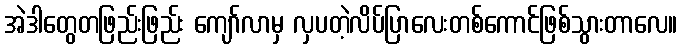
အဲဒါတွေတဖြည်းဖြည်း ကျော်လာမှ လှပတဲ့လိပ်ပြာလေးတစ်ကောင်ဖြစ်သွားတာလေ။